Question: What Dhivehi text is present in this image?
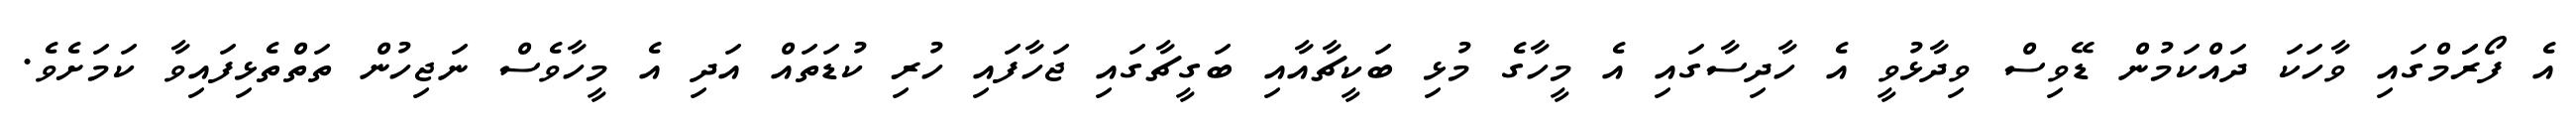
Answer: އެ ފޯރަަމްގައި ވާހަކަ ދައްކަމުން ޑޭވިސް ވިދާޅުވީ އެ ހާދިސާގައި އެ މީހާގެ މުޅި ބަކީޗާއާއި ބަގީޗާގައި ޖަހާފައި ހުރި ކުޑަތައް އަދި އެ މީހާވެސް ނަޖިހުން ތަތްތެޅިފައިވާ ކަމަށެވެ.